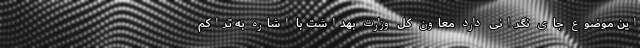
این موضوع جای نگرانی دارد معاون کل وزارت بهداشت با اشاره به تراکم